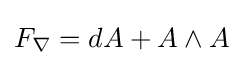
F_{\nabla }=dA+A\wedge A